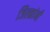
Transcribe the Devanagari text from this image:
जिल्ह्यांनी